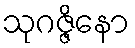
သုဂဇ္ဇိနော